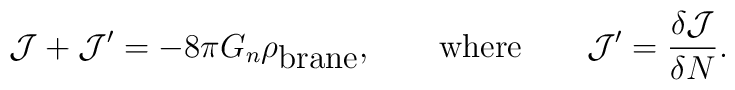
\mathcal{J} + \mathcal{J}'=-8\pi G_n\rho_\textrm{brane},  \qquad \textrm{where} \qquad  \mathcal{J}'=\frac{\delta \mathcal{J}}{\delta N}.